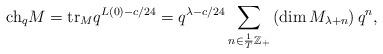
LaTeX: \begin{align*}\mbox{ch}_{q}M=\mbox{tr}_{M}q^{L\left(0\right)-c/24}=q^{\lambda-c/24}\sum_{n\in\frac{1}{T}\mathbb{Z}_{+}}\left(\dim M_{\lambda+n}\right)q^{n},\end{align*}